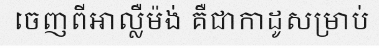
ចេញពីអាល្លឺម៉ង់ គឺជាកាដូសម្រាប់